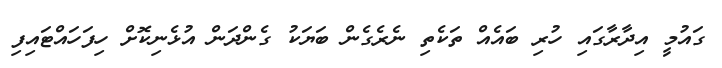
ގައުމީ އިދާރާގައި ހުރި ބައެއް ތަކެތި ނެރެގެން ބަޔަކު ގެންދަން އުޅެނިކޮށް ހިފަހައްޓައިފި